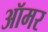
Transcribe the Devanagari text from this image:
ऑमर